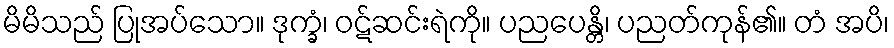
မိမိသည် ပြုအပ်သော။ ဒုက္ခံ၊ ဝဋ်ဆင်းရဲကို။ ပညပေန္တိ၊ ပညတ်ကုန်၏။ တံ အပိ၊